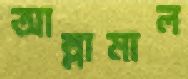
আল্লামাল